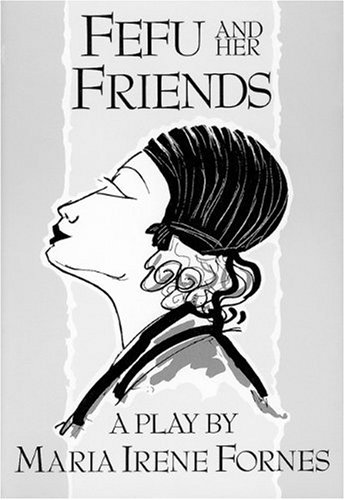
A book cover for Fefu and Her Friends; Maria Irene Fornes; Literature & Fiction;